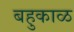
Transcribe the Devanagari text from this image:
बहुकाळ